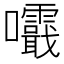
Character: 𡅺